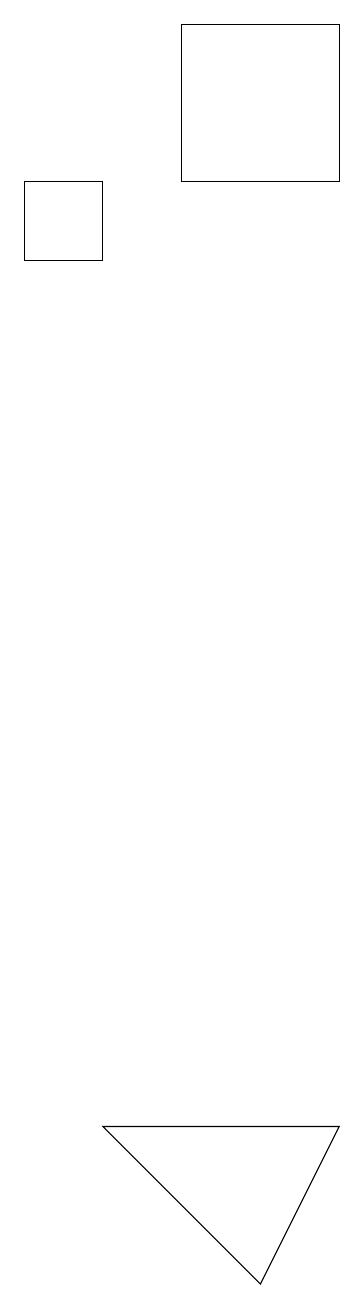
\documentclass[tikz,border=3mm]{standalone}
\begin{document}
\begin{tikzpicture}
\draw (6,3) -- (9,3) -- (8,1) -- cycle;
\draw (9,15) rectangle (7,17);
\draw (6,14) rectangle (5,15);
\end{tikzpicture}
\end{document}